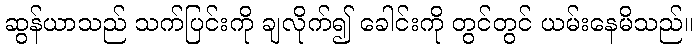
ဆွန်ယာသည် သက်ပြင်းကို ချလိုက်၍ ခေါင်းကို တွင်တွင် ယမ်းနေမိသည်။